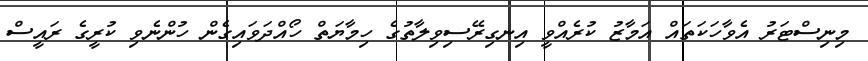
މިނިސްޓަރު އެވާހަކަތައް އަމާޒު ކުރެއްވީ އިނގިރޭސިވިލާތުގެ ހިމާޔަތް ހޯއްދަވައިގެން ހުންނެވި ކުރީގެ ރައީސް